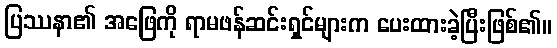
ပြဿနာ၏ အဖြေကို ရာမဖန်ဆင်းရှင်များက ပေးထားခဲ့ပြီးဖြစ်၏။